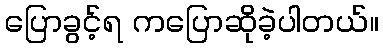
ပြောခွင့်ရ ကပြောဆိုခဲ့ပါတယ်။